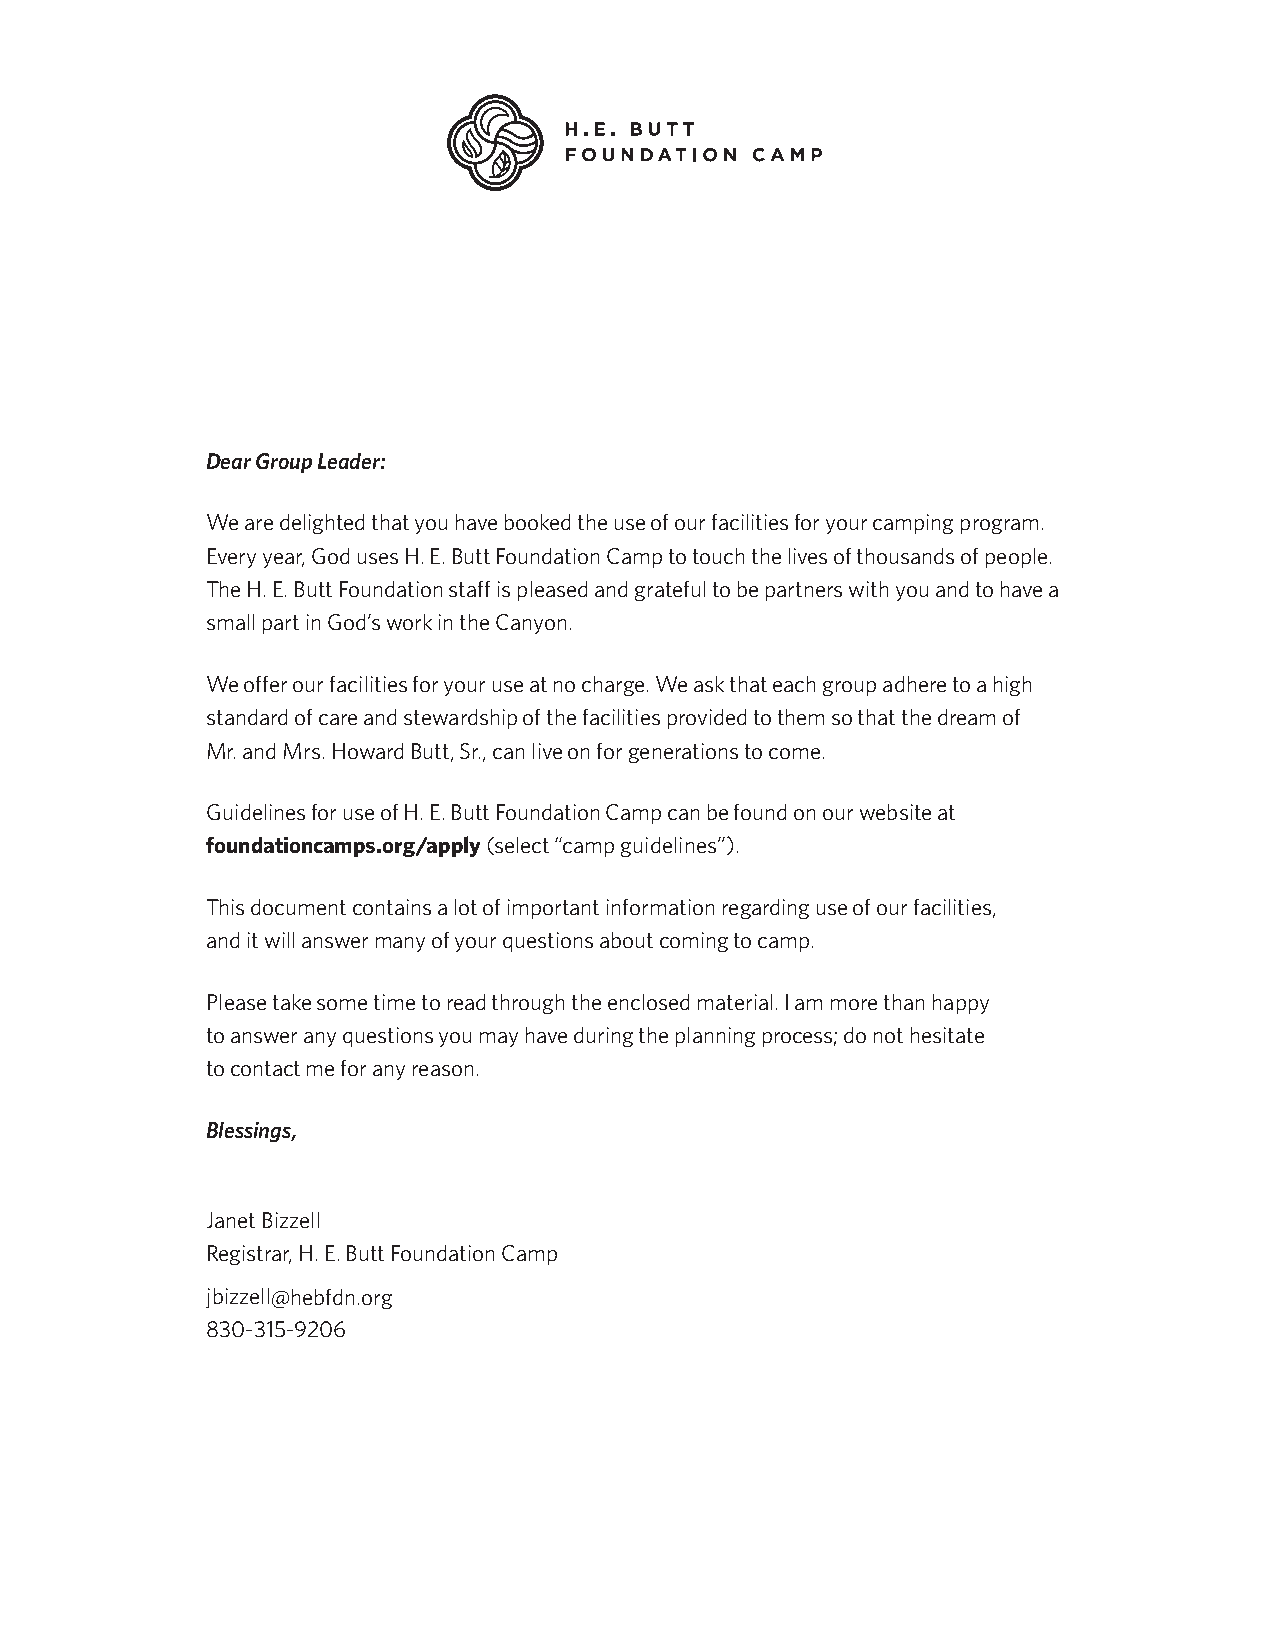
Dear Group Leader:
 We are delighted that you have booked the use of our facilities for your camping program.
 Every year, God uses H. E. Butt Foundation Camp to touch the lives of thousands of people.
 The H. E. Butt Foundation staff is pleased and grateful to be partners with you and to have a
 small part in God’s work in the Canyon.
 We offer our facilities for your use at no charge. We ask that each group adhere to a high
 standard of care and stewardship of the facilities provided to them so that the dream of
 Mr. and Mrs. Howard Butt, Sr., can live on for generations to come.
 Guidelines for use of H. E. Butt Foundation Camp can be found on our website at
 foundationcamps.org/apply (select “camp guidelines”).
 This document contains a lot of important information regarding use of our facilities,
 and it will answer many of your questions about coming to camp.
 Please take some time to read through the enclosed material. I am more than happy
 to answer any questions you may have during the planning process; do not hesitate
 to contact me for any reason.
 Blessings,
 Janet Bizzell
 Registrar, H. E. Butt Foundation Camp
 jbizzell@hebfdn.org
 830-315-9206